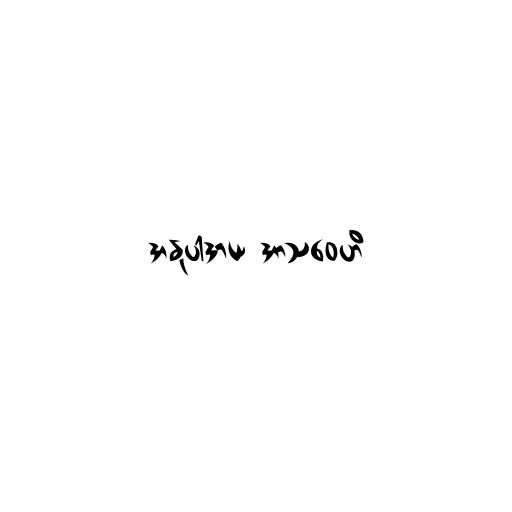
အနုပါဒာယ အာသဝေဟိ